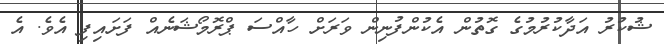
ޝުކުރު އަދާކުރުމުގެ ގޮތުން އެކުންފުނިން ވަރަށް ހާއްސަ ޕްރޮމޯޝަނެއް ފަށައިފި އެވެ. އެ